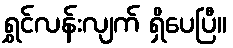
ရွှင်လန်းလျက် ရှိပေပြီ။